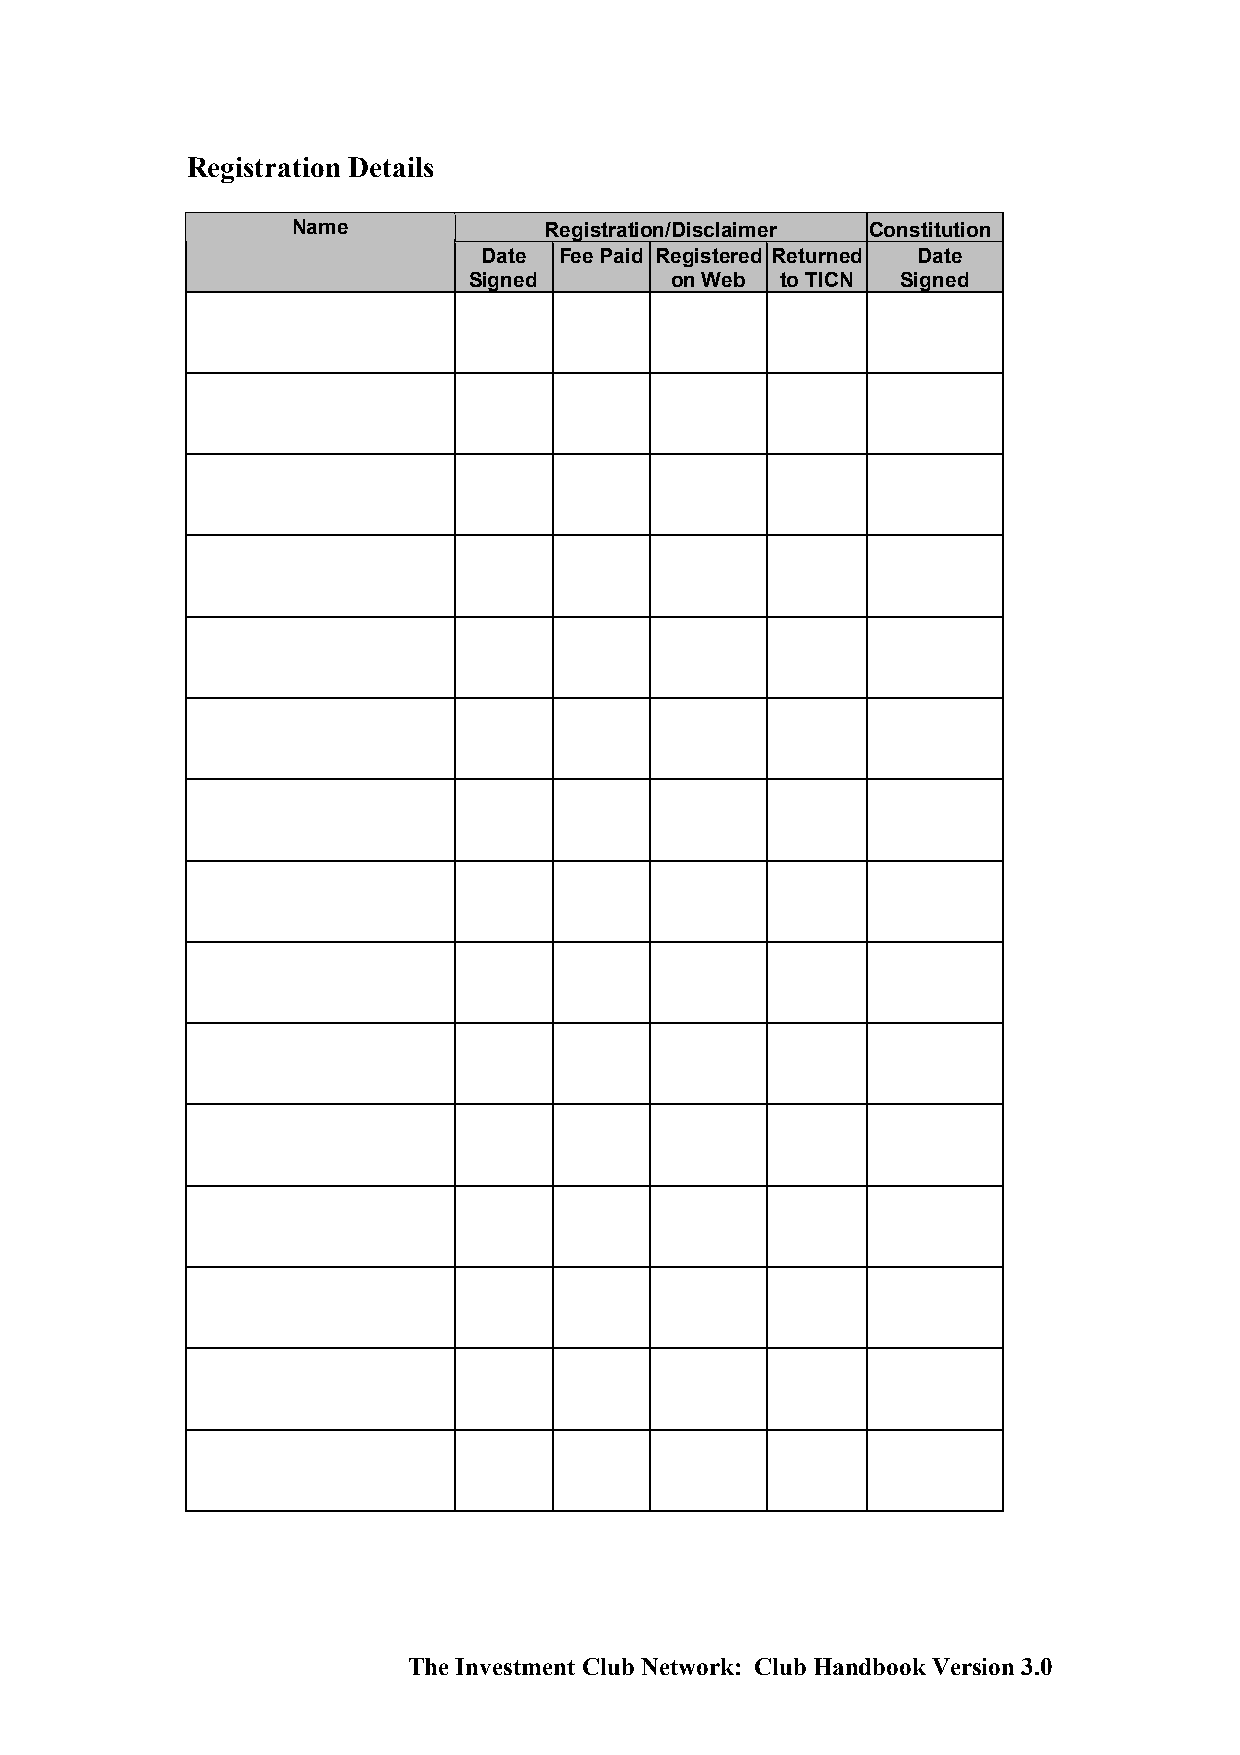
Registration Details
 Name             Registration/Disclaimer Constitution
 Date Fee Paid Registered Returned Date
 Signed       on Web  to TICN Signed
 The Investment Club Network: Club Handbook Version 3.0